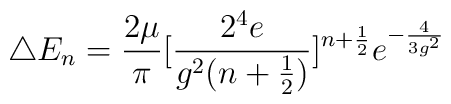
\triangle E_n=\frac{2\mu}{\pi}[\frac{2^4e}{g^2(n+\frac{1}{2})}]^{n+\frac{1}{2}}e^{-\frac{4}{3g^2}}